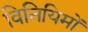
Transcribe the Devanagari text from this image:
विनियिमों